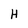
Character: H